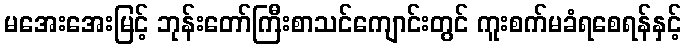
မအေးအေးမြင့် ဘုန်းတော်ကြီးစာသင်ကျောင်းတွင် ကူးစက်မခံရစေရန်နှင့်